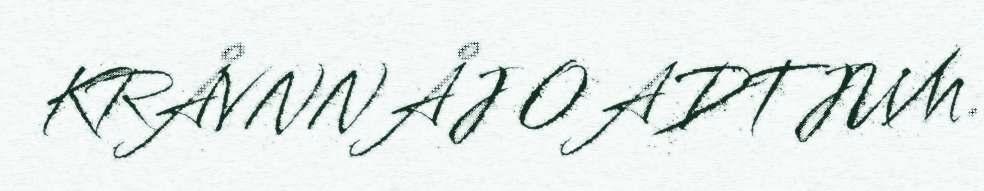
KRÅVNNÅJ OADTJUM.